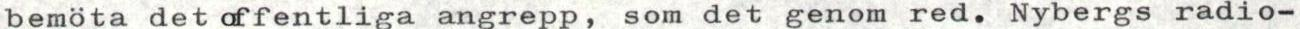
bemöta det offentliga angrepp, som det genom red. Nybergs radio-